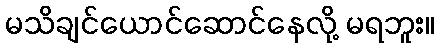
မသိချင်ယောင်ဆောင်နေလို့ မရဘူး။